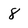
Character: 8